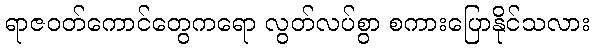
ရာဇဝတ်ကောင်တွေကရော လွတ်လပ်စွာ စကားပြောနိုင်သလား